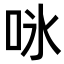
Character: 𭇛